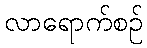
လာရောက်စဉ်